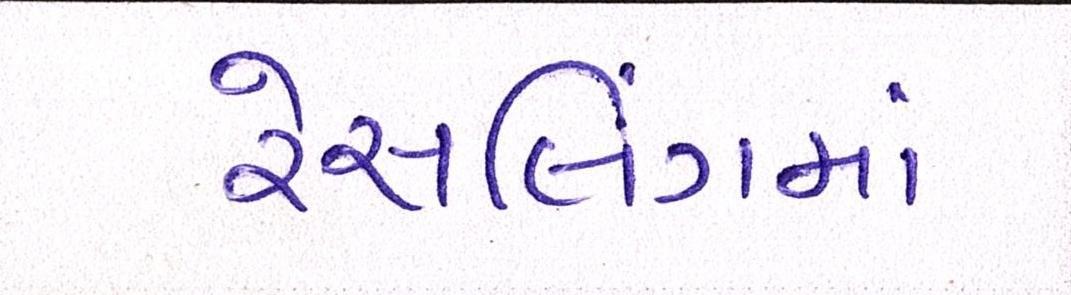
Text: રેસલિંગમાં